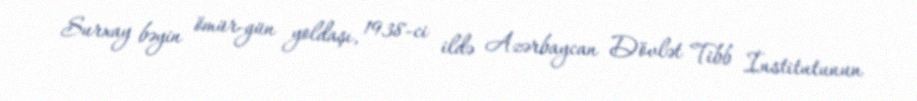
Surxay bəyin ömür-gün yoldaşı, 1938-ci ildə Azərbaycan Dövlət Tibb İnstitutunun